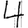
Digit: 4